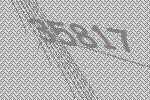
35817